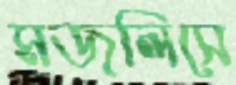
মজলিসে